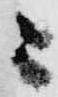
ニ